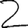
Digit: 2